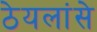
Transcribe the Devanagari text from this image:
ठेयलांसे